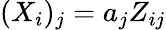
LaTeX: (X_{i})_{j}=a_{j}Z_{ij}